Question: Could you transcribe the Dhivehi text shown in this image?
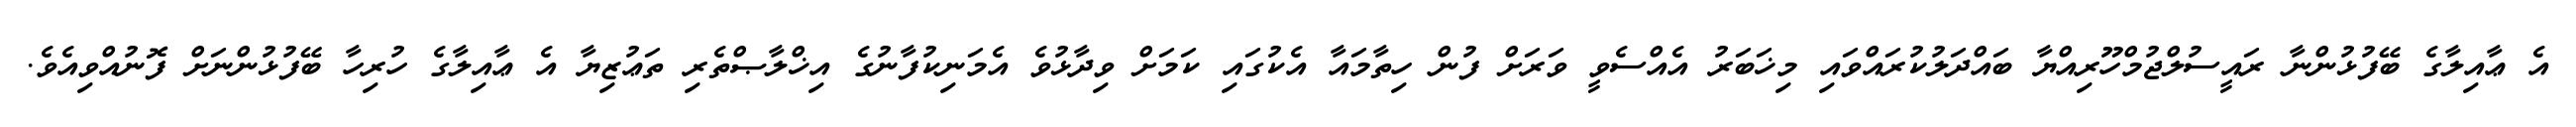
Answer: އެ ޢާއިލާގެ ބޭފުޅުންނާ ރައީސުލްޖުމްހޫރިއްޔާ ބައްދަލުކުރައްވައި މިޚަބަރު އެއްސެވީ ވަރަށް ފުން ހިތާމައާ އެކުގައި ކަމަށް ވިދާޅުވެ އެމަނިކުފާނުގެ އިޚްލާޞްތެރި ތަޢުޒިޔާ އެ ޢާއިލާގެ ހުރިހާ ބޭފުޅުންނަށް ފޮނުއްވިއެވެ.